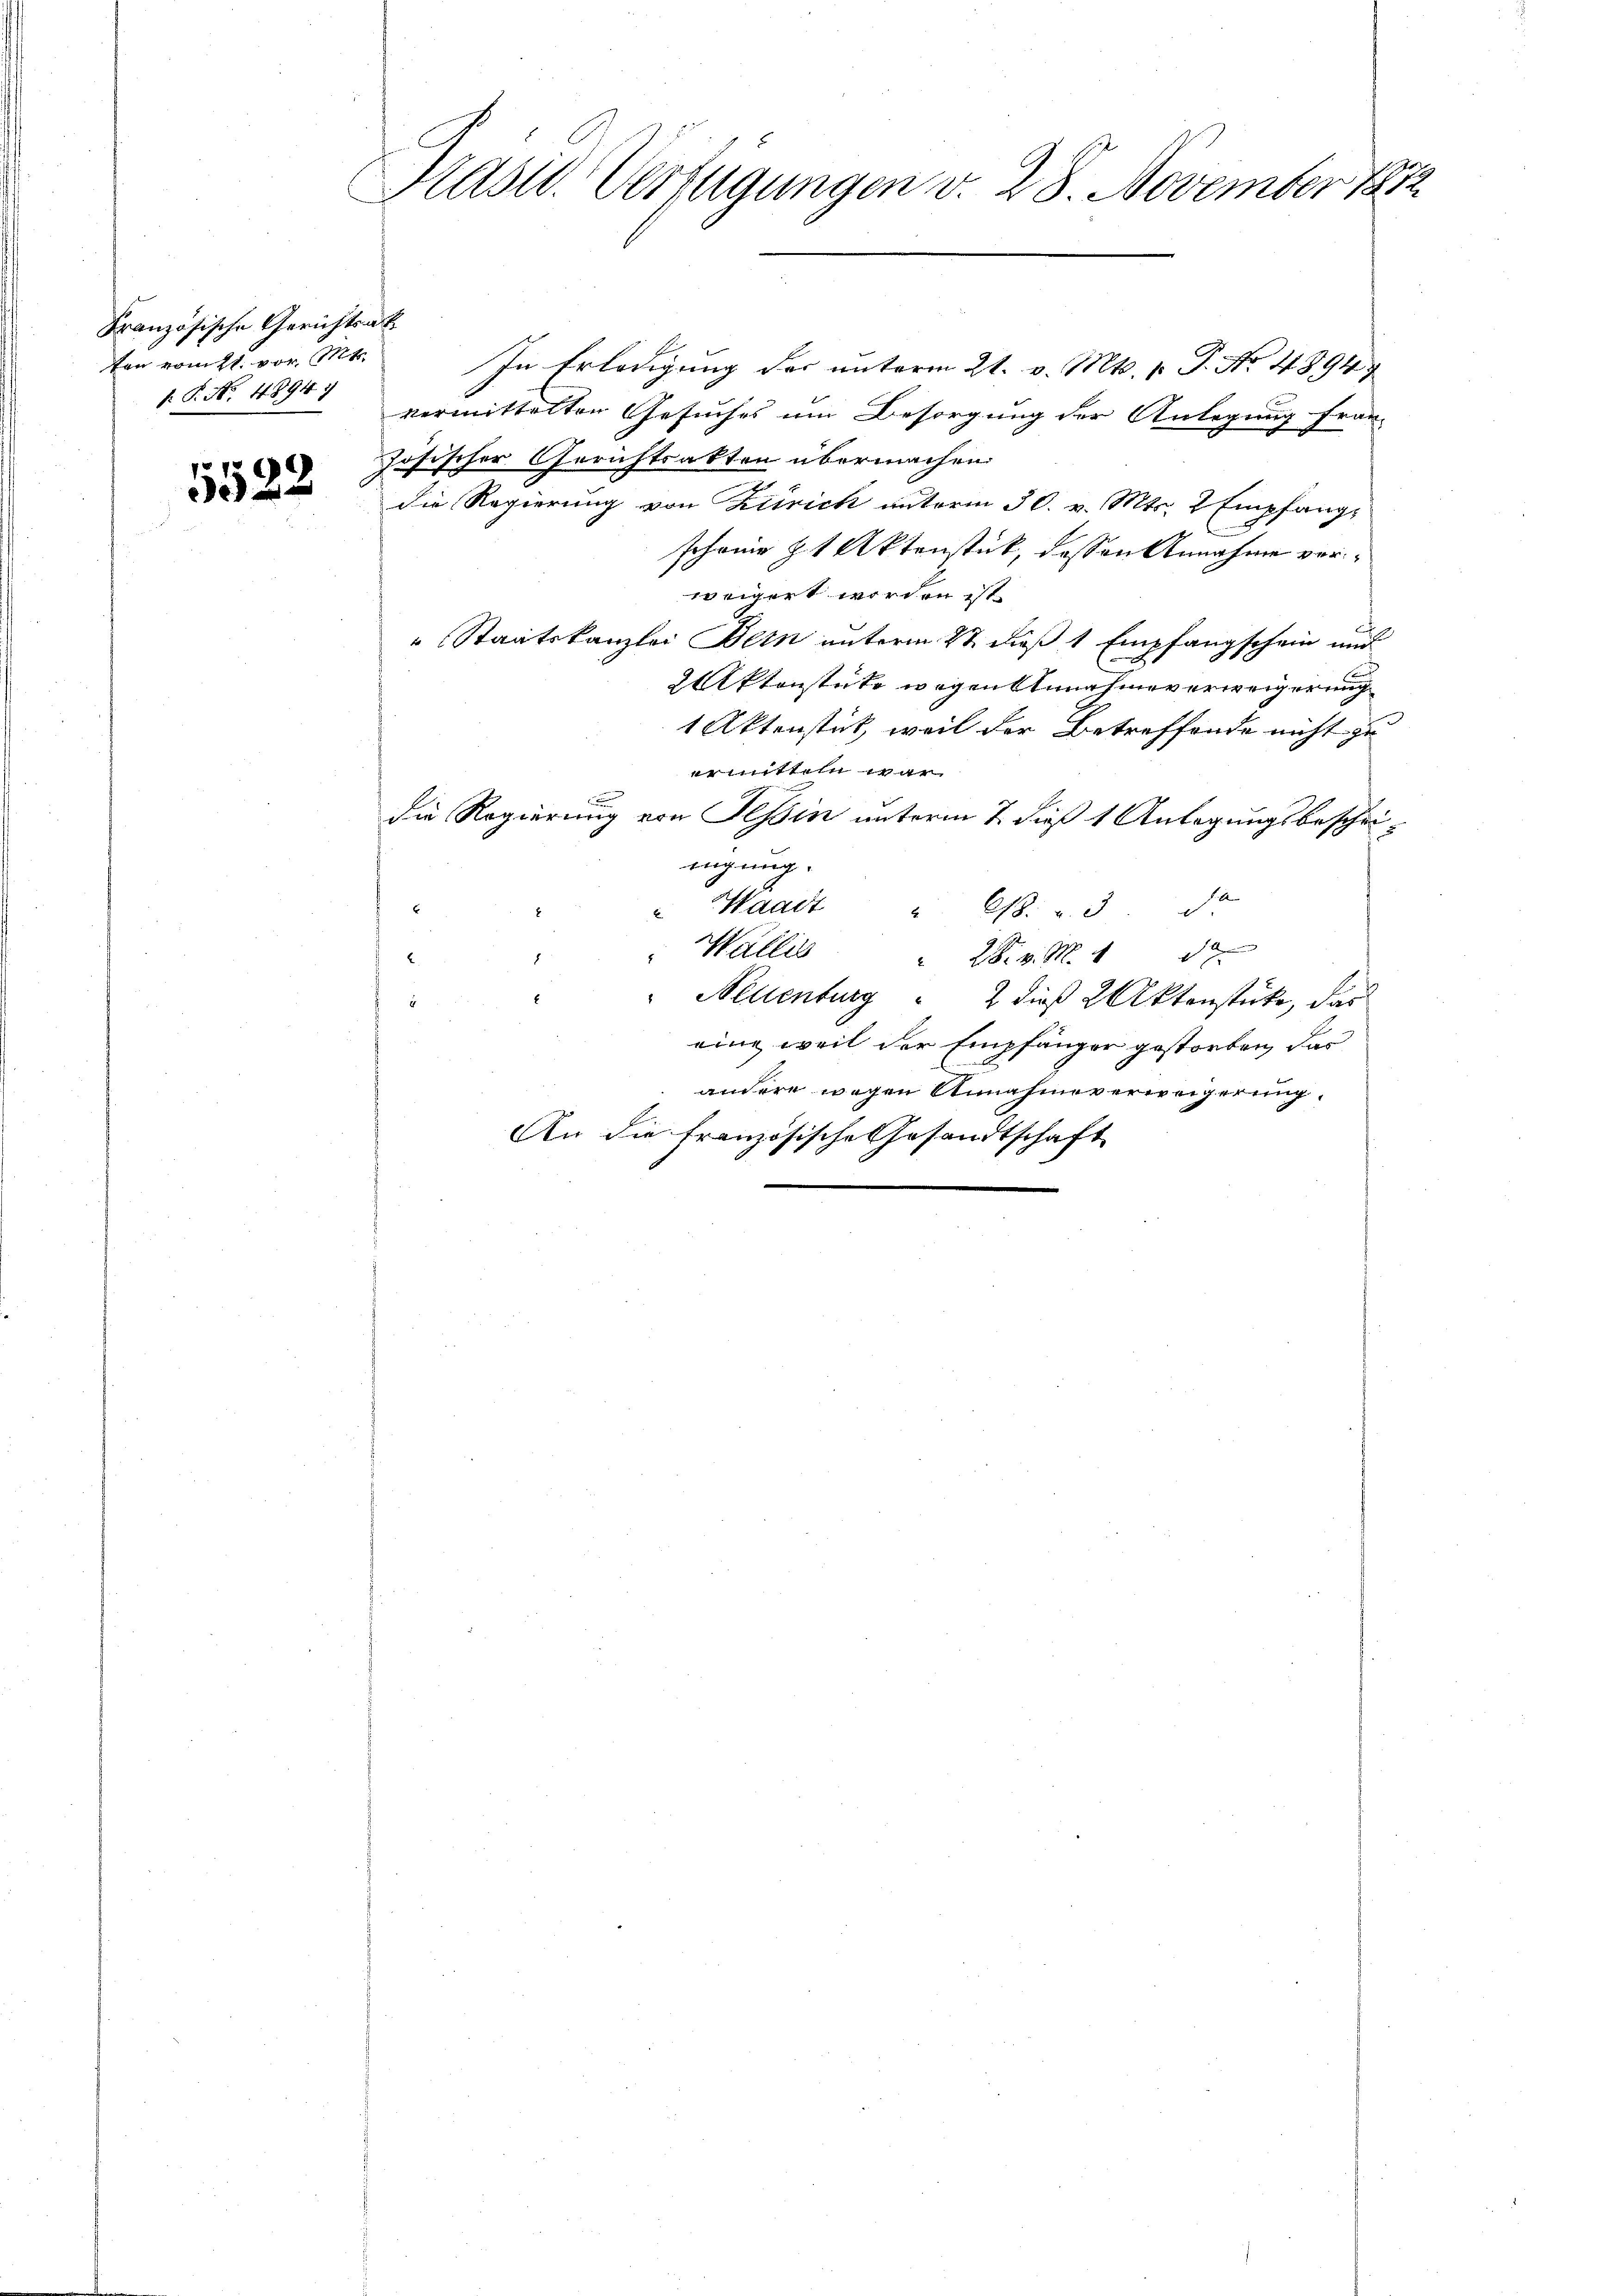
Französische Gerichtsak
ten vom 21. vor. Mts.
: P. No. 48947

5522

Kast. Verfügungen v. 28. November 1882

In Erledigung der unterm 21. v. Mts. v. J. No 4894
vermittelten Gesuches um Besorgung der Anlegung fran
zösischer Gerichtsakten übermachen:
die Regierung von Zitrick unterm 30. v. Mts. 2 Empfang¬

schöne § 1 Aktenstück, dessen Annahme verweigert werden ist.
" Staatskanzlei Bern unterm 2t dieß 1 Empfangschein und
Aktenstete wegenstung hieverweigerung
1 Aktenstät, weil der Betreffende nicht zu
ermitteln war
e
die Regierung von Tessin unterm 2. dieß 1 Anlegungsbescheieugung.
Waadt " Cts. v. 3. d.
Wallis
M
 Neuenburg  2 dieß 2 Aktenstücke, das
eine weil der Empfänger gestorben, das
andere wegen Annahmeverweigerung.
An die französische Gesandtschaft